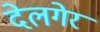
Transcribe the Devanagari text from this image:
देलगेर